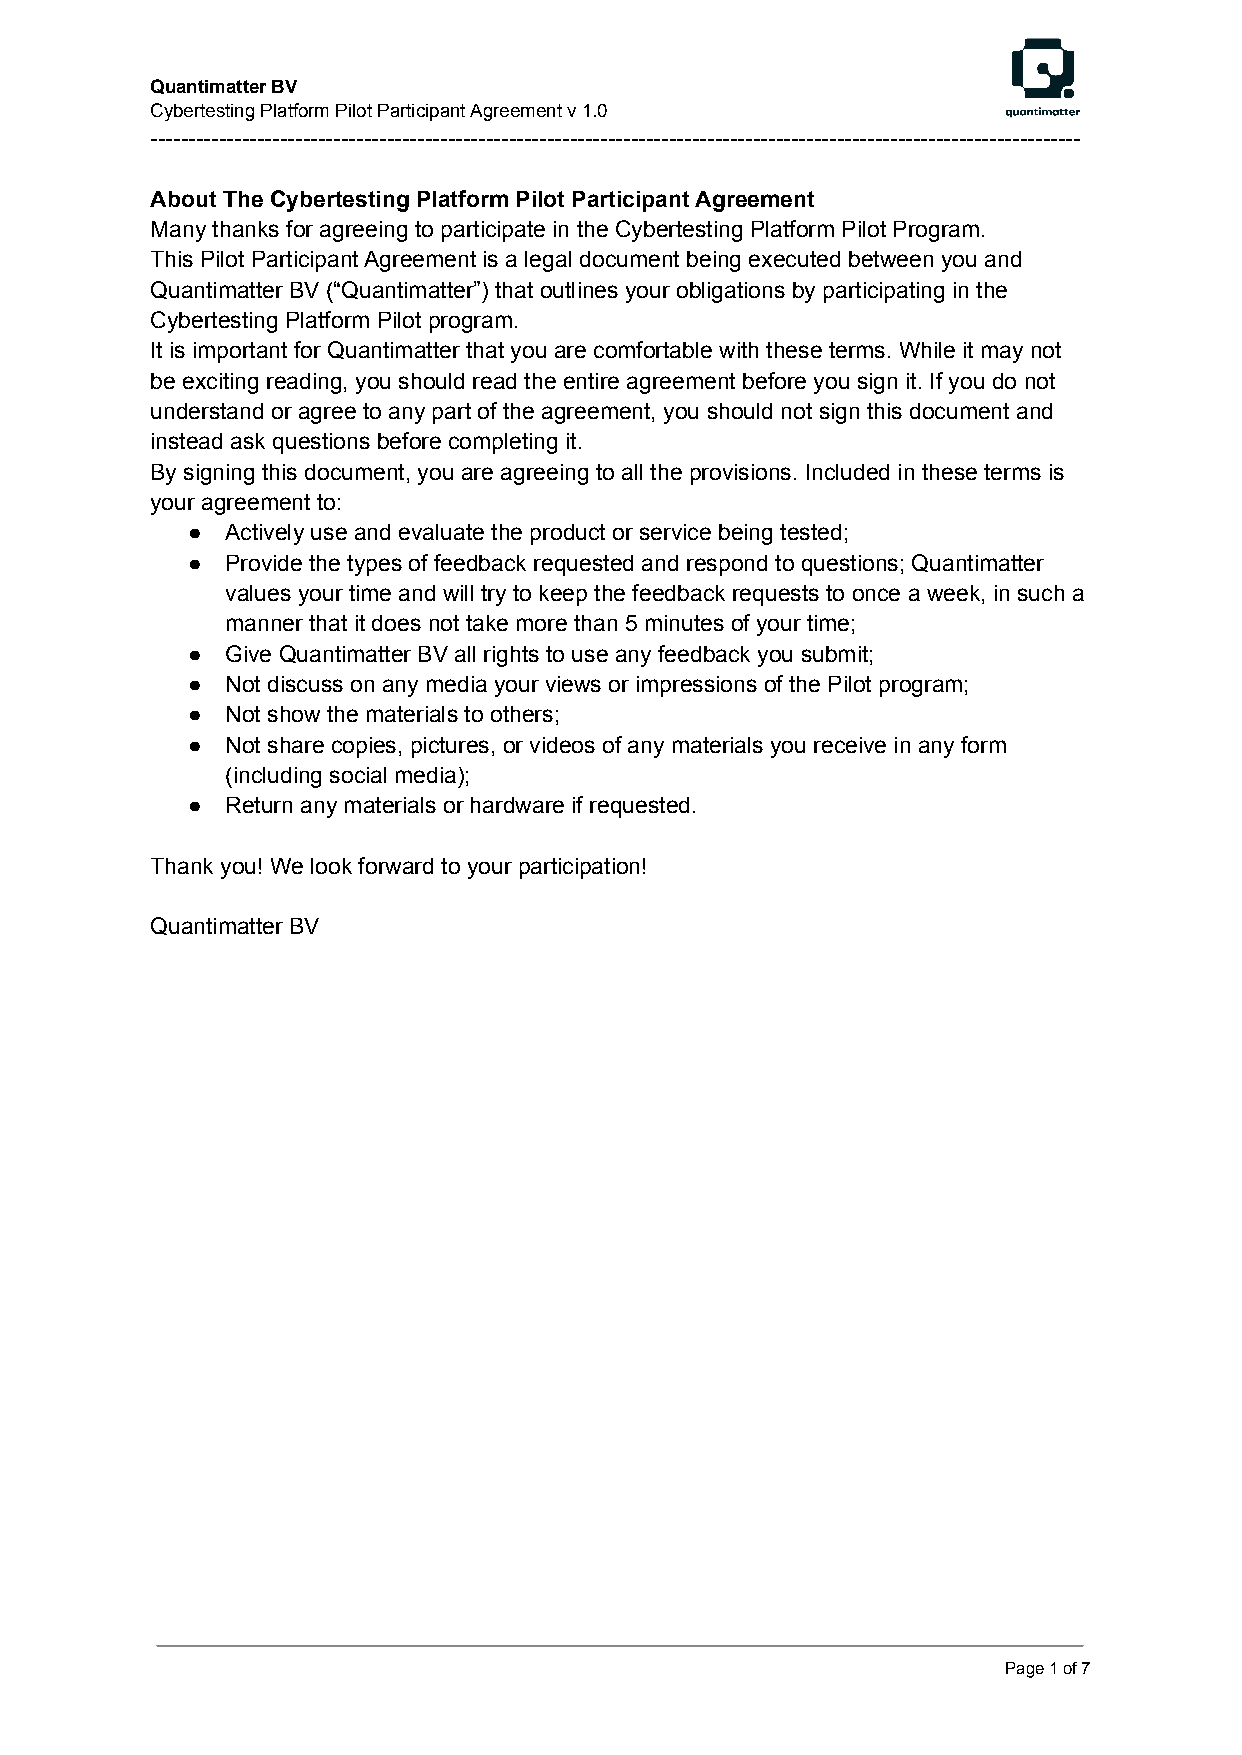
Quantimatter BV
 Cybertesting Platform Pilot Participant Agreement v 1.0
 --------------------------------------------------------------------------------------------------------------------------
 About The Cybertesting Platform Pilot Participant Agreement
 Many thanks for agreeing to participate in the Cybertesting Platform Pilot Program.
 This Pilot Participant Agreement is a legal document being executed between you and
 Quantimatter BV (“Quantimatter”) that outlines your obligations by participating in the
 Cybertesting Platform Pilot program.
 It is important for Quantimatter that you are comfortable with these terms. While it may not
 be exciting reading, you should read the entire agreement before you sign it. If you do not
 understand or agree to any part of the agreement, you should not sign this document and
 instead ask questions before completing it.
 By signing this document, you are agreeing to all the provisions. Included in these terms is
 your agreement to:
 ●  Actively use and evaluate the product or service being tested;
 ●  Provide the types of feedback requested and respond to questions; Quantimatter
 values your time and will try to keep the feedback requests to once a week, in such a
 manner that it does not take more than 5 minutes of your time;
 ●  Give Quantimatter BV all rights to use any feedback you submit;
 ●  Not discuss on any media your views or impressions of the Pilot program;
 ●  Not show the materials to others;
 ●  Not share copies, pictures, or videos of any materials you receive in any form
 (including social media);
 ●  Return any materials or hardware if requested.
 Thank you! We look forward to your participation!
 Quantimatter BV
 Page1of7